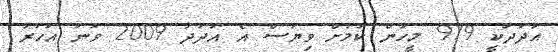
އަދަދަކީ 979 މީހުން ކަމަށް ވިޔަސް އެ އަދަދު 2009 ވަނަ އަހަރު